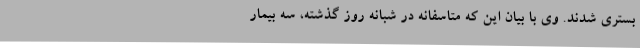
بستری شدند. وی با بیان این که متاسفانه در شبانه روز گذشته، سه بیمار